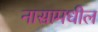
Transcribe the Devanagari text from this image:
नासामधील